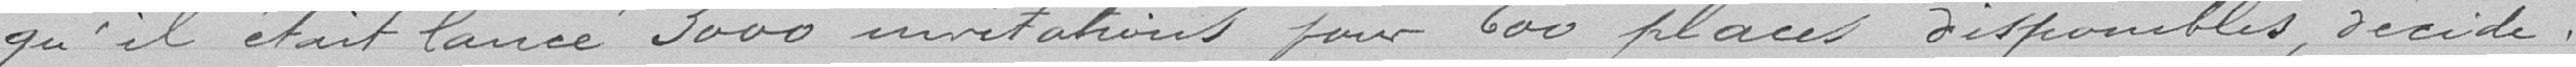
qu'il était lancé 3000 invitations pour 600 places disponibles, décide :